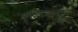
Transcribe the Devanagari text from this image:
क्लिंटनसोबत